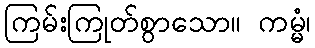
ကြမ်းကြုတ်စွာသော။ ကမ္မံ၊